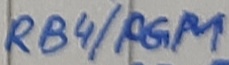
Text: RB4/PGM